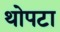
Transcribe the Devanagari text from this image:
थोपटा